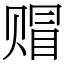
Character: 赗